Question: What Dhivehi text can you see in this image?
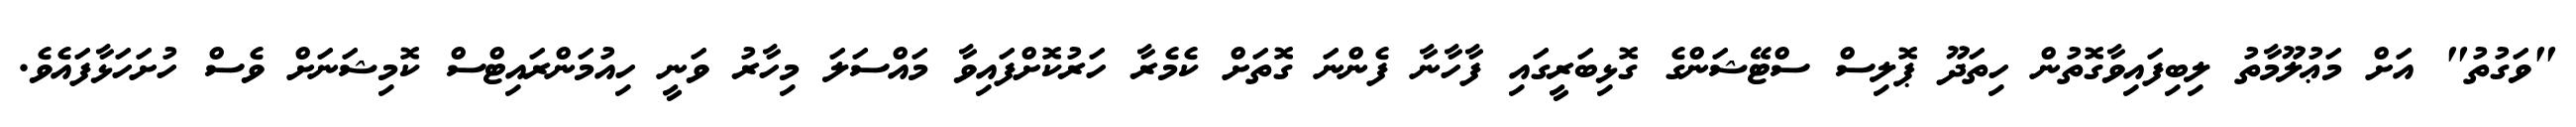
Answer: "ވަގުތު" އަށް މަޢުލޫމާތު ލިބިފައިވާގޮތުން ހިތަދޫ ޕޮލިސް ސްޓޭޝަންގެ ގޮޅިބަރީގައި ފާހާނާ ފެންނަ ގޮތަށް ކެމެރާ ހަރުކޮށްފައިވާ މައްސަލަ މިހާރު ވަނީ ހިއުމަންރައިޓްސް ކޮމިޝަނަށް ވެސް ހުށަހަޅާފައެވެ.